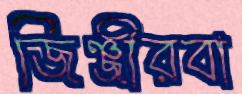
জিঞ্জীরবা